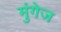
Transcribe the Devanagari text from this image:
मुंगेज